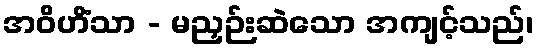
အဝိဟိံသာ - မညှဉ်းဆဲသော အကျင့်သည်၊